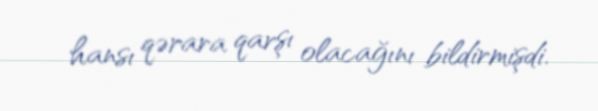
hansı qərara qarşı olacağını bildirmişdi.